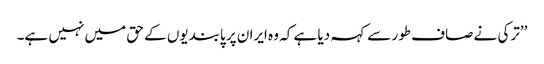
’’ترکی نے صاف طور سے کہہ دیا ہے کہ وہ ایران پر پابندیوں کے حق میں نہیں ہے۔